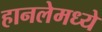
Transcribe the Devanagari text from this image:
हानलेमध्ये